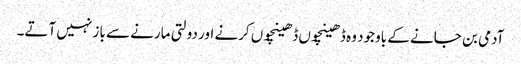
آدمی بن جانے کے باوجود وہ ڈھینچوں ڈھینچوں کرنے اور دولتی مارنے سے باز نہیں آتے۔